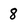
Character: 8